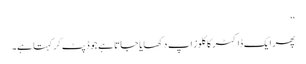
‘‘
پھر ایک ڈاکٹر کا کلوز اپ دکھایا جاتا ہے جو ڈپٹ کر کہتا ہے۔